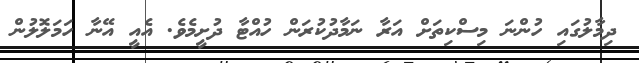
ދިމާލުގައި ހުންނަ މިސްކިތަށް އަރާ ނަމާދުކުރަން ހުއްޓާ ދުށީމެވެ. އެއީ އޭނާ ހަމަލޮލުން